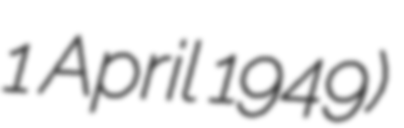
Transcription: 1 April 1949)